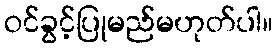
ဝင်ခွင့်ပြုမည်မဟုတ်ပါ။